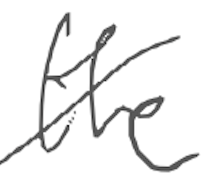
Text: the
Cross-out: diagonal
Writing tool: digital_gray